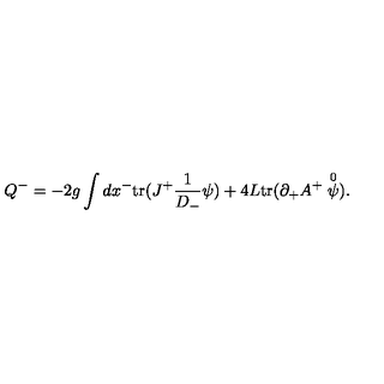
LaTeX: Q ^ { - } = - 2 g \int d x ^ { - } \mathrm { t r } ( J ^ { + } \frac { 1 } { D _ { - } } \psi ) + 4 L \mathrm { t r } ( \partial _ { + } A ^ { + } \stackrel { 0 } { \psi } ) .